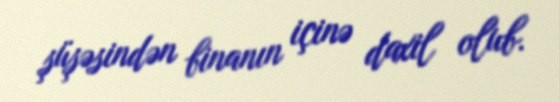
şüşəsindən binanın içinə daxil olub.